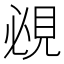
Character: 覕